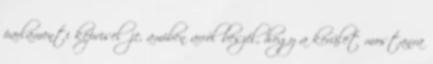
parlamenti képviselője, amiben arról beszél, hogy a kerület mostanra